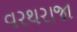
વરથરાજા